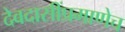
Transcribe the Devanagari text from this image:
देवदासींप्रमाणेच